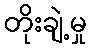
တိုးချဲ့မှု